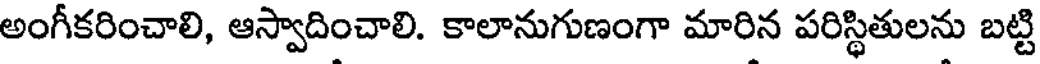
అంగీకరించాలి, ఆస్వాదించాలి. కాలానుగుణంగా మారిన పరిస్థితులను బట్టి